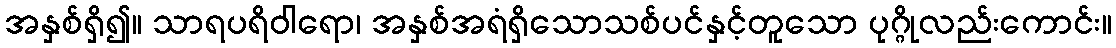
အနှစ်ရှိ၍။ သာရပရိဝါရော၊ အနှစ်အရံရှိသောသစ်ပင်နှင့်တူသော ပုဂ္ဂိုလည်းကောင်း။